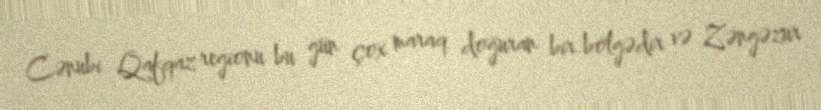
Cənubi Qafqaz regionu bu gün çox maraq doğuran bir bölgədir və Zəngəzur